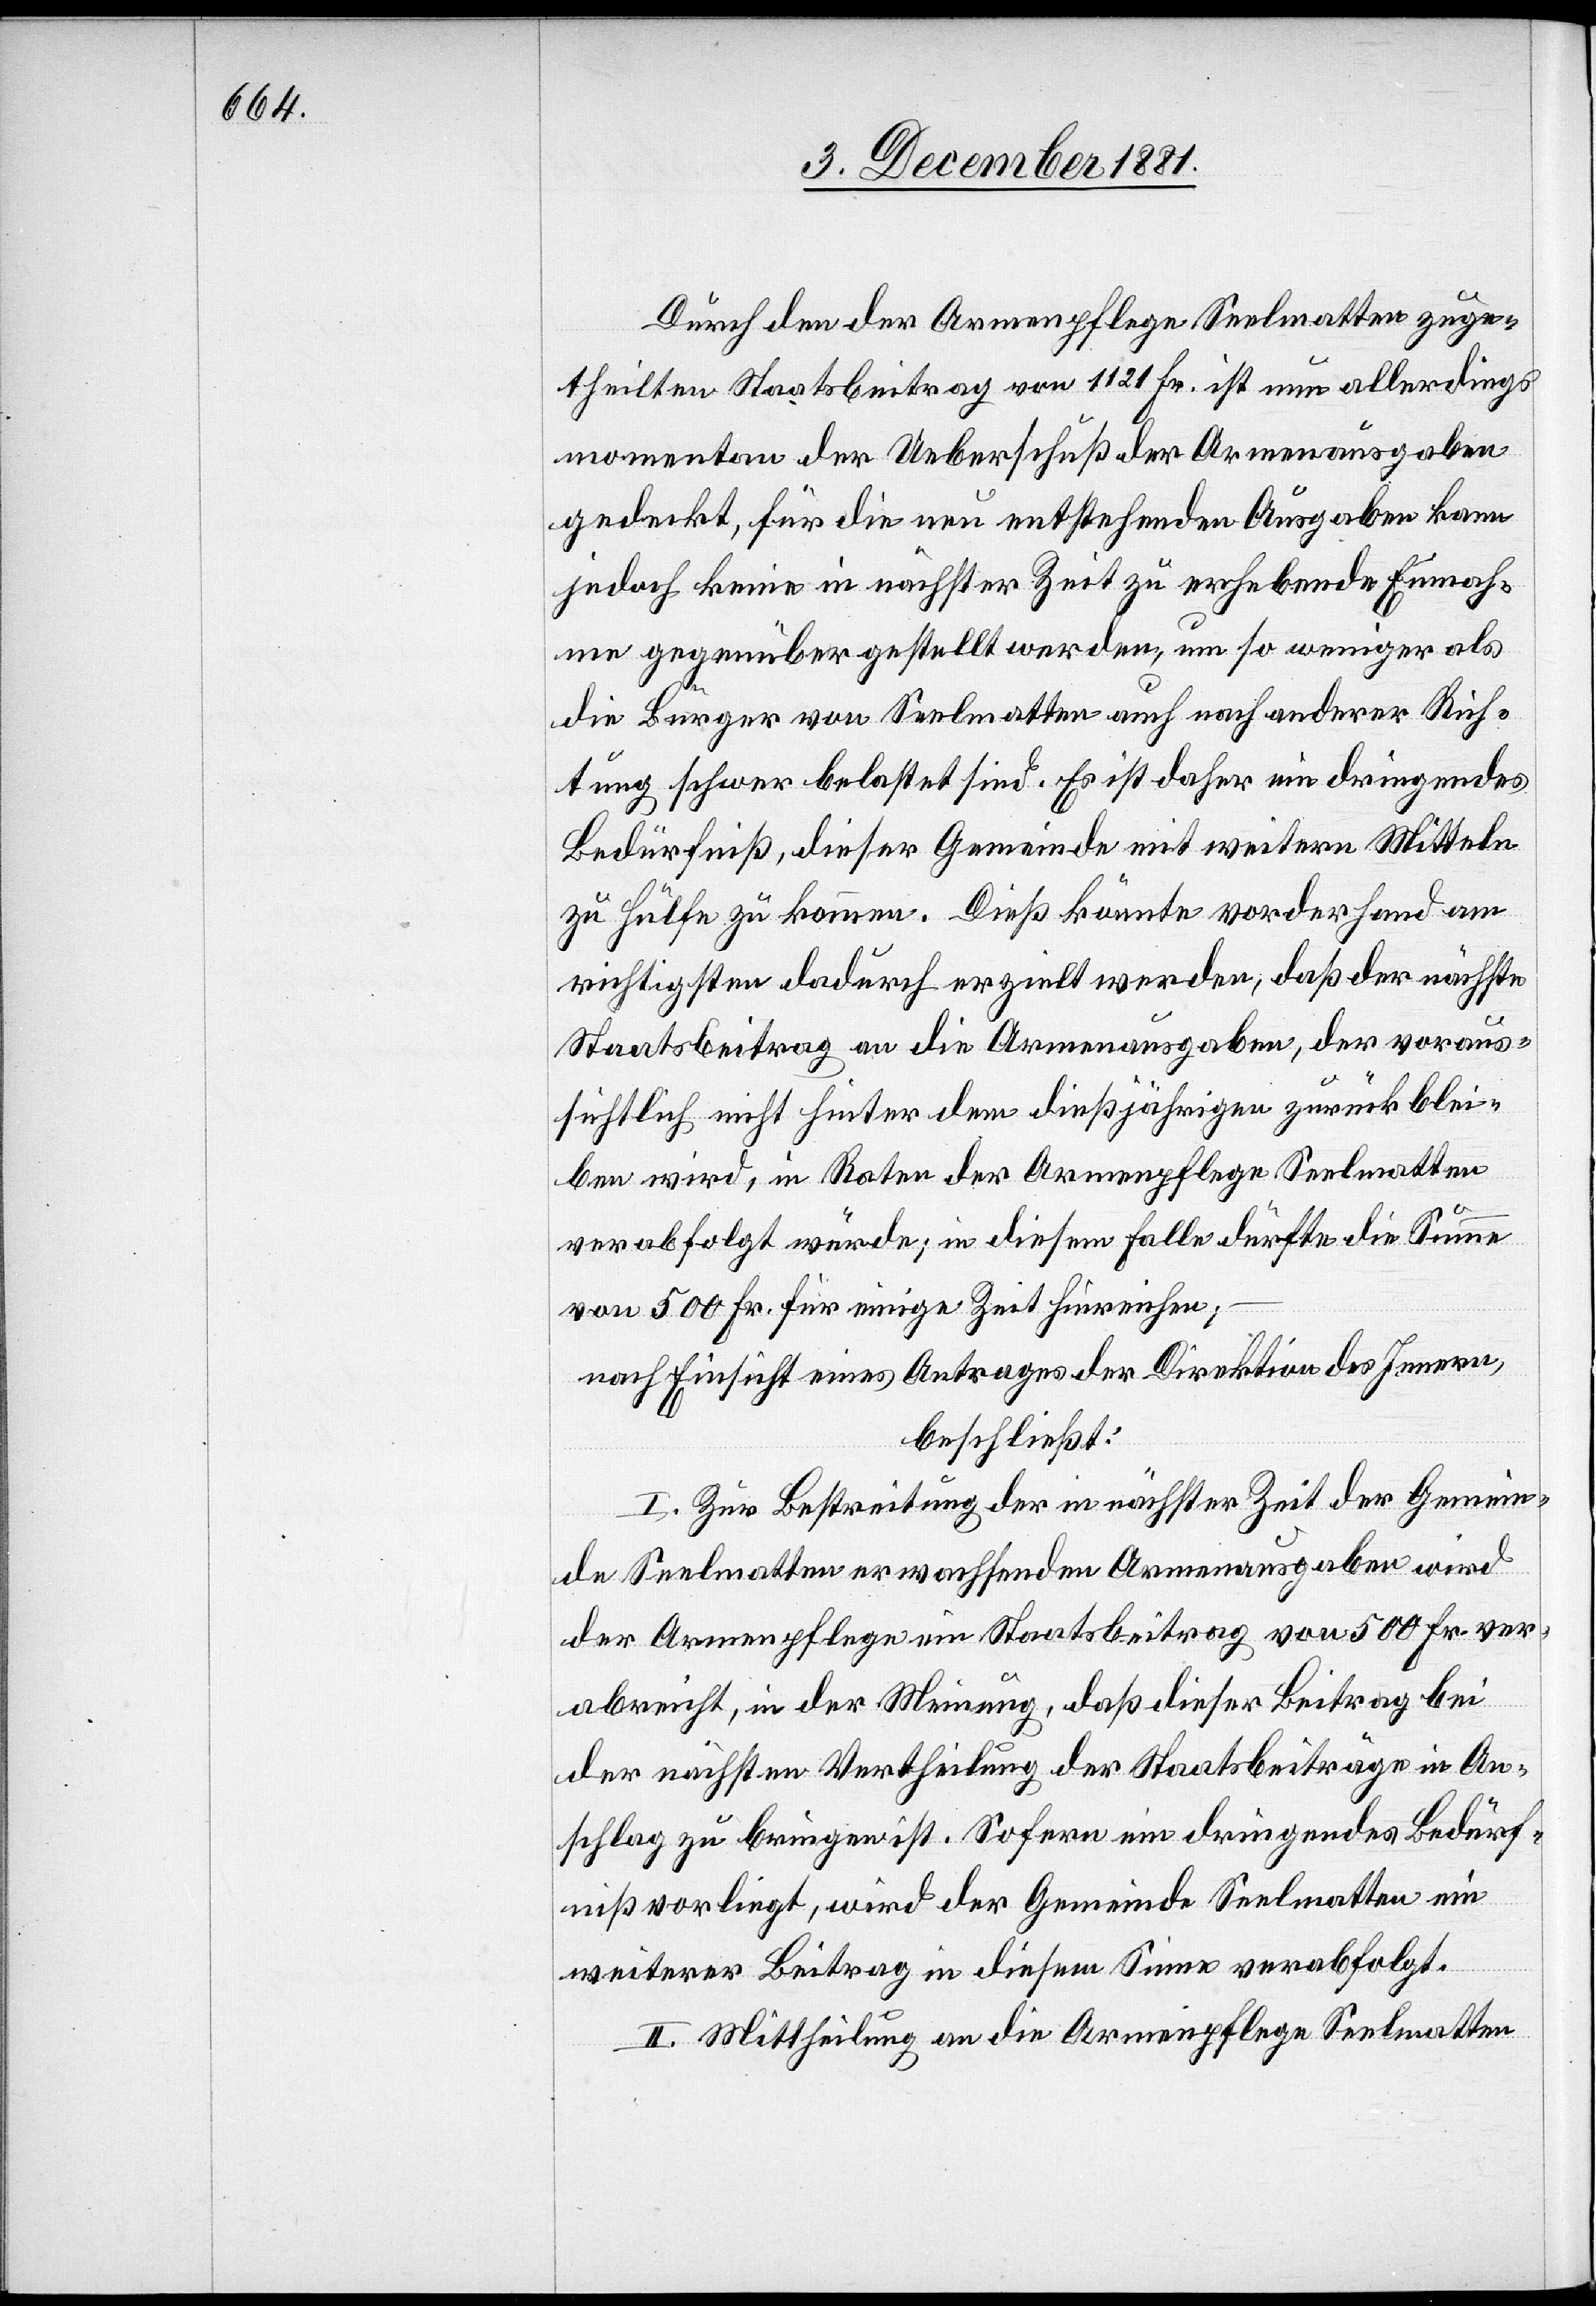
Durch den der Armenpflege Seelmatten zuge¬
theilten Staatsbeitrag von 1121 Fr. ist nun allerdings
momentan der Ueberschuß der Armenausgaben
gedeckt, für die neu entstehenden Ausgaben kann
jedoch keine in nächster Zeit zu erhebende Einnah¬
me gegenüber gestellt werden, um so weniger als
die Bürger von Seelmatten auch nach anderer Rich¬
tung schwer belastet sind. Es ist daher ein dringendes
Bedürfniß, dieser Gemeinde mit weitern Mitteln
zu Hülfe zu kommen. Dieß könnte vorderhand am
richtigsten dadurch erzielt werden, daß der nächste
Staatsbeitrag an die Armenausgaben, der voraus¬
sichtlich nicht hinter dem dießjährigen zurück blei¬
ben wird, in Raten der Armenpflege Seelmatten
verabfolgt würde; in diesem Falle dürfte die Summe
von 500 Fr. für einige Zeit hinreichen;
nach Einsicht eines Antrages der Direktion des Innern,
beschließt:
I. Zur Bestreitung der in nächster Zeit der Gemein¬
de Seelmatten erwachsenden Armenausgaben wird
der Armenpflege ein Staatsbeitrag von 500 Fr. ver¬
abreicht, in der Meinung, daß dieser Beitrag bei
der nächsten Vertheilung der Staatsbeiträge in An¬
schlag zu bringen ist. Sofern ein dringendes Bedürf¬
niß vorliegt, wird der Gemeinde Seelmatten ein
weiterer Beitrag in diesem Sinne verabfolgt.
II. Mittheilung an die Armenpflege Seelmatten